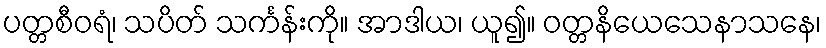
ပတ္တစီဝရံ၊ သပိတ် သင်္ကန်းကို။ အာဒါယ၊ ယူ၍။ ဝတ္တနိယေသေနာသနေ၊